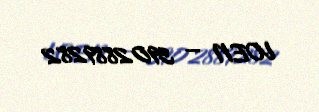
VOEN — 3902889282